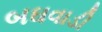
બઘવાડી